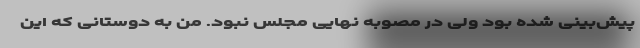
پیش‌بینی شده بود ولی در مصوبه نهایی مجلس نبود. من به دوستانی که این